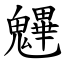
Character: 魓